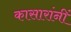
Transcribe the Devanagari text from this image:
कासारांनीं